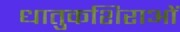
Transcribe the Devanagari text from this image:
धातुकशिराओं